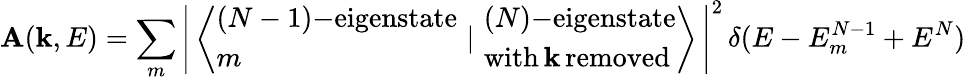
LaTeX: \mathbf{A}(\mathbf{{k}},E)=\sum_{m}\left|\, \left\langle{\begin{array}{l}{(N-1)\mathrm{{\mathrm{-}}eigenstate}}\\ {m}\end{array}}\, \, |\, \, {\begin{array}{l}{(N)\mathrm{{\mathrm{-}}eigenstate}}\\ {\mathrm{with\, }\mathbf{k}\mathrm{\, removed}}\end{array}}\right\rangle\, \right|^{2}\, \delta(E-E_{m}^{N-1}+E^{N})